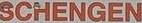
SCHENGEN